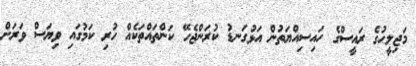
މަޖިލީހުގެ ރައީސްގެ ހައިސިއްޔަތުން އަޅުގަނޑު ކުރަންޖެހޭ ކަންތައްތަކެއް ހުރި ކަމުގައި ވިޔަސް ވަރަށް